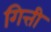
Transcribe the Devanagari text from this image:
गित्ती